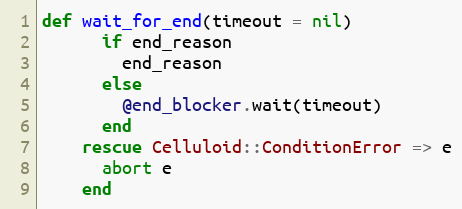
Language: Ruby
def wait_for_end(timeout = nil)
      if end_reason
        end_reason
      else
        @end_blocker.wait(timeout)
      end
    rescue Celluloid::ConditionError => e
      abort e
    end